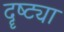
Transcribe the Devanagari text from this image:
दॄष्ट्या